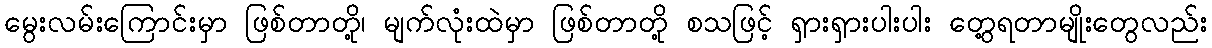
မွေးလမ်းကြောင်းမှာ ဖြစ်တာတို့၊ မျက်လုံးထဲမှာ ဖြစ်တာတို့ စသဖြင့် ရှားရှားပါးပါး တွေ့ရတာမျိုးတွေလည်း